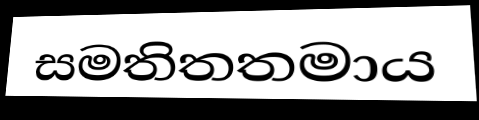
සමතිතතමාය